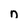
Character: n